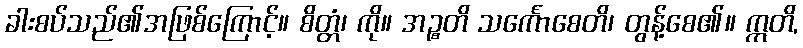
ခါးစပ်သည်၏အဖြစ်ကြောင့်။ စိတ္တံ၊ ကို။ အဉ္စတိ သင်္ကောစေတိ၊ တွန့်စေ၏။ ဣတိ,